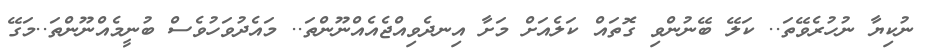
ނުކިޔާ ނުހުރެވޭތަ.. ކަލޭ ބޭނުންވި ގޮތައް ކަލެއަށް މަށާ އިނދެވިއްޖެއެއްނޫންތަ.. މައެދުވަހުވެސް ބުނީމެއްނޫންތަ..މަގޭ